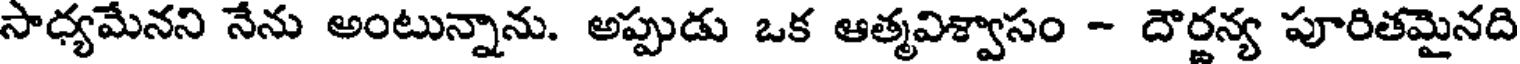
సాధ్యమేనని నేను అంటున్నాను. అప్పుడు ఒక ఆత్మవిశ్వాసం - దౌర్జన్య పూరితమైనది